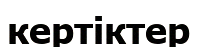
кертіктер